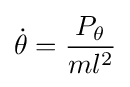
{\dot {\theta }}={P_{\theta } \over ml^{2}}